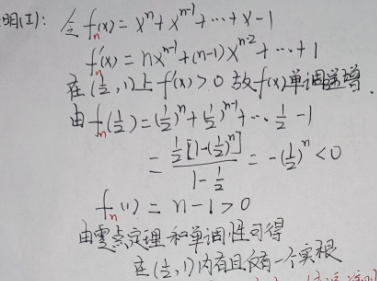
证明(1)：令\(f_n(x)=x^n+x^{n-1}+\cdots+x-1\)，\(f_n^\prime(x)=nx^{n-1}+(n-1)x^{n-2}+\cdots+1\)。在\((\frac{1}{2},1)\)上\(f_n^\prime(x)>0\)，故\(f_n(x)\)单调递增。

由于\(f_n(\frac{1}{2})=(\frac{1}{2})^n+(\frac{1}{2})^{n-1}+\cdots+\frac{1}{2}-1\)
\(=\frac{\frac{1}{2}[1-(\frac{1}{2})^n]}{1-\frac{1}{2}}-1=-(\frac{1}{2})^n<0\)

\(f_n(1)=n-1>0\)

由零点定理和单调性可得在\((\frac{1}{2},1)\)内有且仅有一个实根。